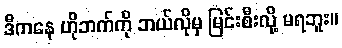
ဒီကနေ ဟိုဘက်ကို ဘယ်လိုမှ မြင်းစီးလို့ မရဘူး။